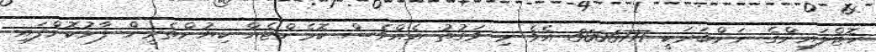
ހޮޓްލައިންގެ ނަންބަރަކީ 3006777 އެވެ މި ވަގުތު އެއްވެސް ކޮމެންޓެއް ކިޔުންތެރީން ފާޅުކޮށްފައި